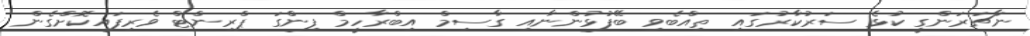
ނާޗަރަންގީ ކުޅެ ސަރުކާރުގައި ތިއްބެވި ބޭފުޅުންނާއި ގާސިމް އިބްރާހީމް ފިންގަ ޕްރިންޓް ވެރިފައިކޮށްގެން